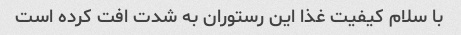
با سلام کیفیت غذا این رستوران به شدت افت کرده است